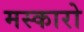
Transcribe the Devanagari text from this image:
मस्कारो